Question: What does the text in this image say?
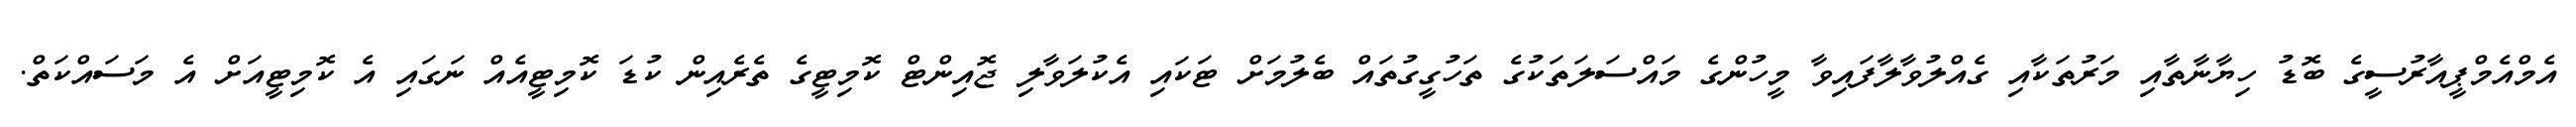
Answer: އެމްއެމްޕީއާރުސީގެ ބޮޑު ހިޔާނާތާއި މަރުތަކާއި ގެއްލުވާލާފައިވާ މީހުންގެ މައްސަލަތަކުގެ ތަހުގީގުތައް ބެލުމަށް ޓަކައި އެކުލަވާލި ޖޮއިންޓް ކޮމިޓީގެ ތެރެއިން ކުޑަ ކޮމިޓީއެއް ނަގައި އެ ކޮމިޓީއަށް އެ މަސައްކަތް.